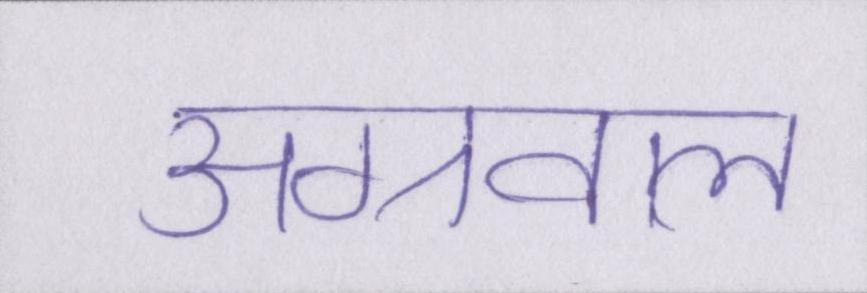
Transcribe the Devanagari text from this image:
अग्रवाल